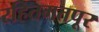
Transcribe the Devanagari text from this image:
रहितमतपूर